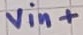
Text: vin+